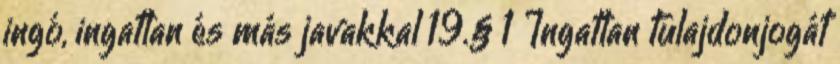
ingó, ingatlan és más javakkal 19.§ 1 Ingatlan tulajdonjogát